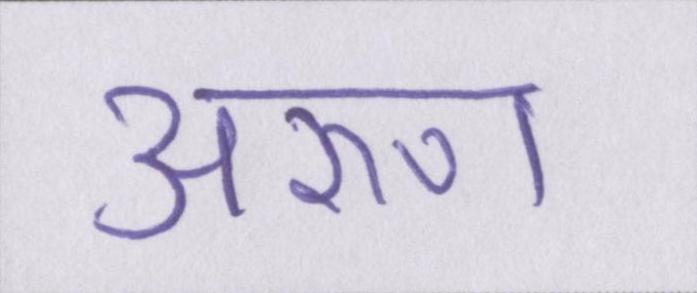
अरुण